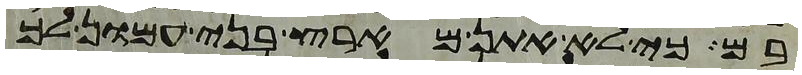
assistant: בם כי לא אתן מארץ בני עמון לך